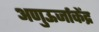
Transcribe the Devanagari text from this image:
अणुऊर्जाकेंद्र